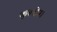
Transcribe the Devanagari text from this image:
कुरूक्षेत्र।